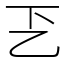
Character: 乤